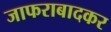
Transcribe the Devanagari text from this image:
जाफराबादकर